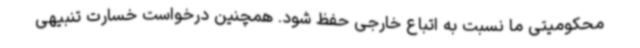
محکومیتی ما نسبت به اتباع خارجی حفظ شود. همچنین درخواست خسارت تنبیهی